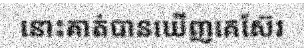
នោះគាត់បានឃើញគេស៊ែរ